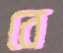
বে